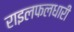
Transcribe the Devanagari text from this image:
राइलफलधारी